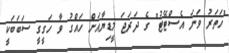
"ހަތަރު ވަނަ އެސްޓޭޓު" ގެ ދަރަޖަ މީޑިޔާއަށް ހައްގު ވާ ހަގީގީ ސަބަބަކީ